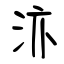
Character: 洂